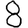
Digit: 8